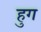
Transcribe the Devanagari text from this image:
हुग